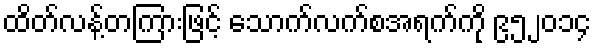
ထိတ်လန့်တကြားဖြင့် သောက်လက်စအရက်ကို ၉၅၂၀၁၄